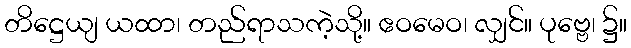
တိဋ္ဌေယျ ယထာ၊ တည်ရာသကဲ့သို့။ ဧဝမေဝ၊ လျှင်။ ပုဗ္ဗေ၊ ၌။